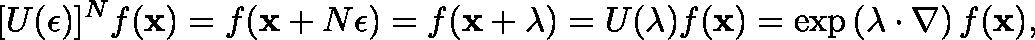
[ U ( \mathbf { \epsilon } ) ] ^ { N } f ( \mathbf { x } ) = f ( \mathbf { x } + N \mathbf { \epsilon } ) = f ( \mathbf { x } + \mathbf { \lambda } ) = U ( \mathbf { \lambda } ) f ( \mathbf { x } ) = \exp \left( \mathbf { \lambda } \cdot \nabla \right) f ( \mathbf { x } ) ,